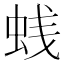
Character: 𰲳